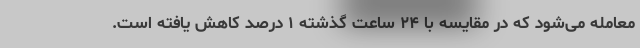
معامله می‌شود که در مقایسه با ۲۴ ساعت گذشته ۱ درصد کاهش یافته است.